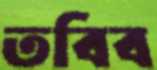
তবিব